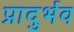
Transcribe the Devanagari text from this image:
प्रादुर्भव